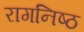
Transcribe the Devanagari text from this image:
रागनिष्ठ